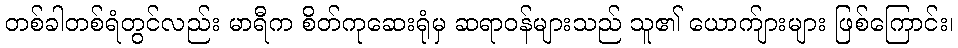
တစ်ခါတစ်ရံတွင်လည်း မာရီက စိတ်ကုဆေးရုံမှ ဆရာဝန်များသည် သူ၏ ယောက်ျားများ ဖြစ်ကြောင်း၊